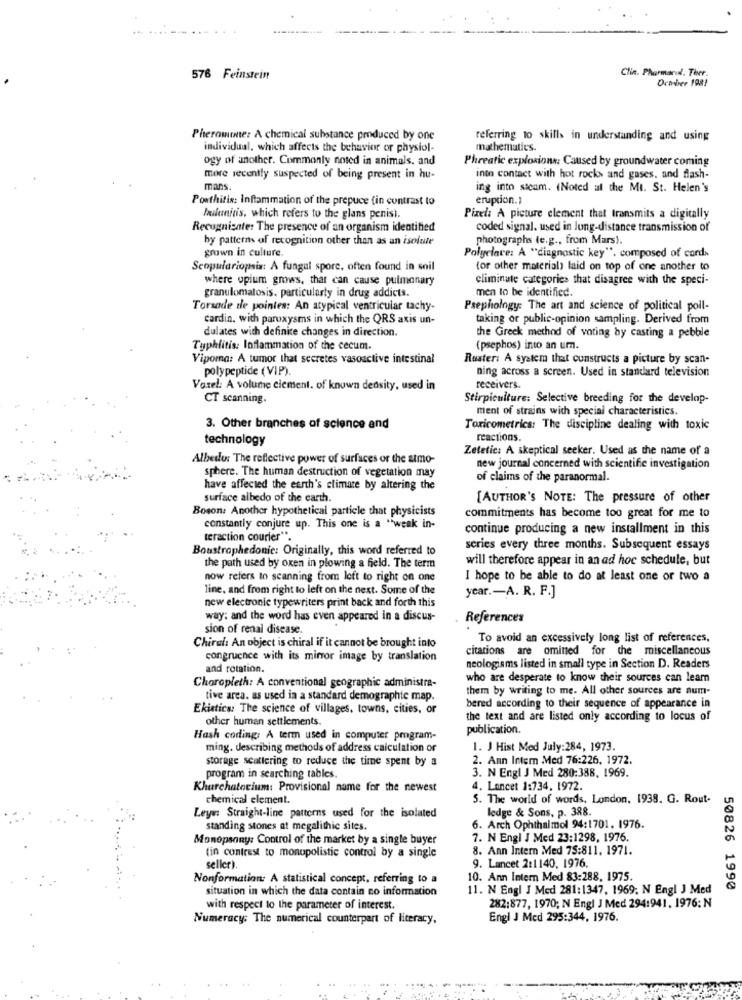
Clin. Pharmacol. Tiver.
576 Feinstein
Ocmber 1981
Pheromite: A chemical substance produced by one
referring to skills in understanding and using
individual, which affects the behavior or physiol-
mathematics.
ogy of another. Commonly noted in animals, and
Phreatic explosion: Caused by groundwater coming
more recently suspected of being present in hu-
into contact with hot rocks and gases, and flash-
mans.
ing into sicam. (Noted at the Mt. St. Helen's
Posthitis: Inflammation of the prepuce (in contrast to
eruption.1
Indanitis, which refers to the glans penisi.
Pixel: A picture element that transmits a digitally
Recognisater The presence of an organism identified
coded signal. used in long-distance transmission of
by patterns of recognition other than as an isolute
photographs (e.g ., from Mars).
grown in culture.
Polyclave: A "diagnostic key". composed of cards
Seopulariopsis A fungal spore, often found in soil
(or other material) laid on top of one another to
where opium grows, that can cause pulmonary
eliminate categories that disagree with the speci-
granulomatosis. particularly in drug addicts.
men to be identified.
Torsade de pointes: An atypical ventricular tachy-
Psephology: The art and science of political poll-
cardia, with paroxysms in which the QRS axis un-
taking or public-opinion sampling. Derived from
dulates with definite changes in direction.
the Greek method of voting by casting a pebble
Typhlitis: Inflammation of the cecum.
(psephos) into an um.
Viporna: A tumor that secretes vasoactive intestinal
Ruster: A system that constructs a picture by scan-
polypeptide (VIP).
ning across a screen. Used in standard television
Varel: A volume clement. of known density, used in
receivers.
CT scanning.
Stirpiculture: Selective breeding for the develop-
ment of strains with special characteristics.
3. Other branches of science and
Toricometrics: The discipline dealing with toxic
technology
reactions.
Zetetic: A skeptical seeker. Used as the name of a
Albedo: The reflective power of surfaces or the atmo-
sphere. The human destruction of vegetation may
new journal concerned with scientific investigation
of claims of the paranormal.
have affected the earth's climate by altering the
surface albedo of the earth.
[AUTHOR'S NOTE: The pressure of other
Boson: Another hypothetical particle that physicists
commitments has become too great for me to
constantly conjure up. This one is a "weak in-
continue producing a new installment in this
teraction courier".
Boustrophedonic: Originally, this word referred to
series every three months. Subsequent essays
will therefore appear in an ad hoc schedule, but
the path used by oxen in plowing a field. The term
now refers to scanning from left to right on one
I hope to be able to do at least one or two a
line, and from right to left on the next. Some of the
year .- A. R. F.]
new electronic typewriters print back and forth this
way; and the word has even appeared in a discus-
References
sion of renal disease.
Chiral: An object is chiral if it cannot be brought into
To avoid an excessively long list of references,
citations are omined for the miscellaneous
congruence with its mirror image by translation
and rotation.
neologiams listed in small type in Section D. Readers
Choropleth: A conventional geographic administra-
who are desperate to know their sources can learn
them by writing to me. All other sources are num-
tive area. as used in a standard demographie map.
Ekistics: The science of villages. towns, cities, or
bered according to their sequence of appearance in
other human settlements.
the text and are listed only according to locus of
publication.
Hash coding: A term used in computer program-
ming. describing methods of address calculation or
1. J Hist Med July:284, 1973.
storage scattering to reduce the time spent by a
2. Ann Intem Med 76:226, 1972.
program in searching tables.
3. N Engl J Med 280:388. 1969.
Khurchatorium: Provisional name for the newest
4. Lancet 1:734, 1972.
chemical element.
5. The world of words, London. 1938. G. Rout-
ledge & Sons, p. 388.
Leyen: Straight-line patterns used for the isolated
standing stones at megalithic sites.
6. Arch Ophthalmol 94:1701, 1976.
Monopsony: Control of the market by a single buyer
7. N Engl J Med 23:1298, 1976.
(in contrast to monopolistic control by a single
8. Ann Intern Med 75:811, 1971.
seller).
9. Lancet 2:1140, 1976.
Nonformation: A statistical concept, referring to a
10. Ann Intern Med 83:288, 1975.
situation in which the data contain no information
11. N Engl J Med 281:1347, 1969. N Engl J Med
50826 1990
with respect to the parameter of interest.
282:877, 1970; N Engl J Med 294:941, 1976: N
Numeracy: The numerical counterpart of literacy,
Engl J Med 295:344, 1976.